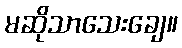
မဆိုသာသေးချေ။